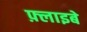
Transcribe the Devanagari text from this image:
फ़्लाइबे